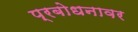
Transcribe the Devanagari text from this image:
प्रबोधनावर